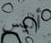
أليس